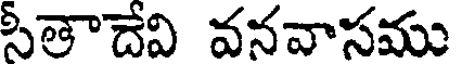
సీతాదేవి వనవాసము